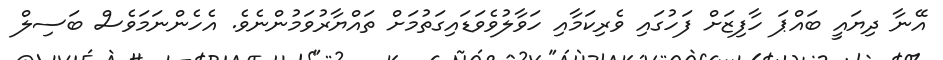
އޭނާ ދިޔައީ ބައްޕަ ހާފިޒަށް ފަހުގައި ވެރިކަމާއި ހަވާލުވެވަޑައިގަތުމަށް ތައްޔާރުވަމުންނެވެ. އެހެންނަމަވެސް ބަސިލް